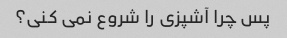
پس چرا آشپزی را شروع نمی کنی؟